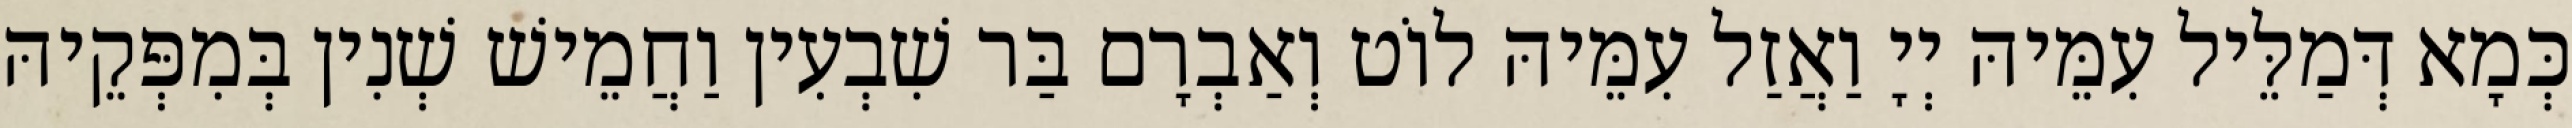
כְּמָא דְּמַלֵּיל עִמֵּיהּ יְיָ וַאֲזַל עִמֵּיהּ לוֹט וְאַבְרָם בַּר שִׁבְעִין וַחֲמֵישׁ שְׁנִין בְּמִפְּקֵיהּ